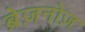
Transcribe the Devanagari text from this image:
ब्रेज़नोज़